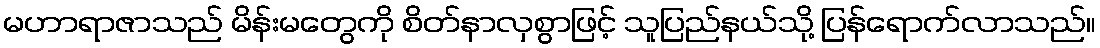
မဟာရာဇာသည် မိန်းမတွေကို စိတ်နာလှစွာဖြင့် သူပြည်နယ်သို့ ပြန်ရောက်လာသည်။